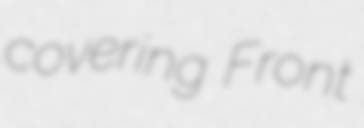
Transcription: covering Front